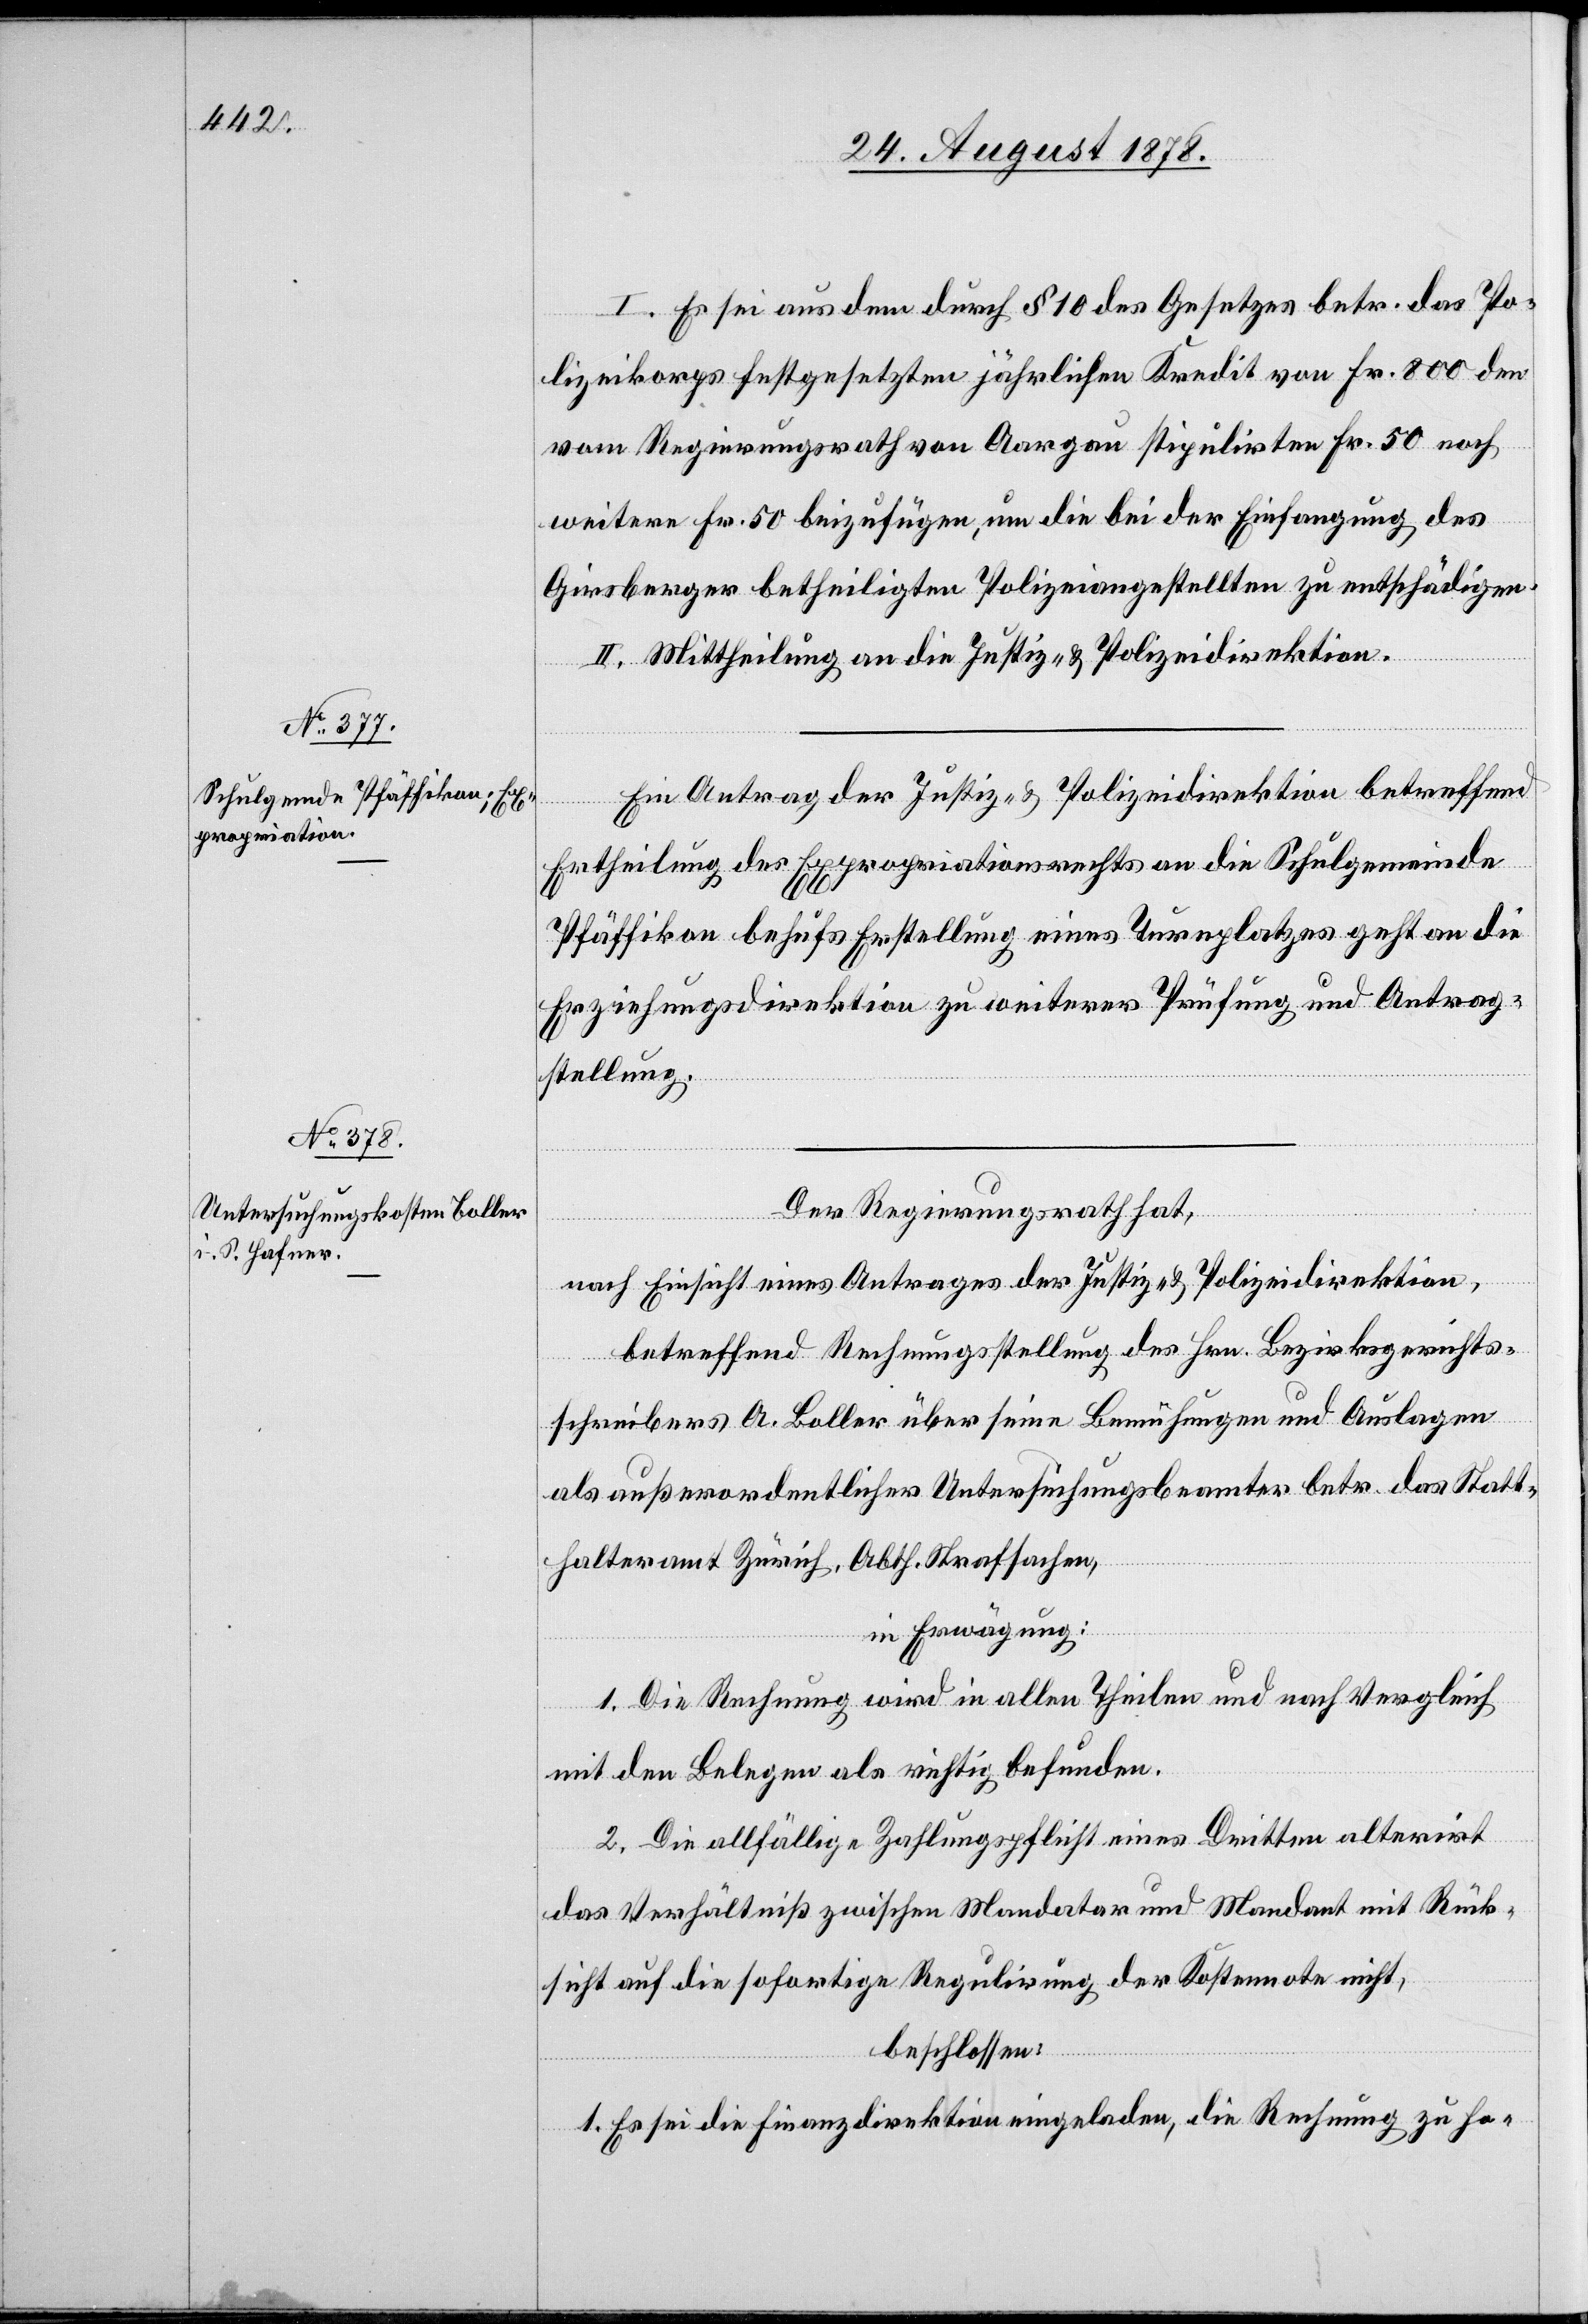
I. Es sei aus dem durch § 10 des Gesetzes betr. das Po¬
lizeikorps festgesetzten jährlichen Kredit von Fr. 800 den
vom Regierungsrath von Aargau stipulirten Fr. 50 noch
weitere Fr. 50 beizufügen, um die bei der Einfangung des
Girsberger betheiligten Polizeiangestellten zu entschädigen.
II. Mittheilung an die Justiz- & Polizeidirektion.
Ein Antrag der Justiz- & Polizeidirektion betreffend
Ertheilung des Expropriationsrechts an die Schulgemeinde
Pfäffikon behufs Erstellung eines Turnplatzes geht an die
Erziehungsdirektion zu weiterer Prüfung und Antrag¬
stellung.
Der Regierungsrath hat,
nach Einsicht eines Antrages der Justiz- & Polizeidirektion,
betreffend Rechnungsstellung des Hrn. Bezirksgerichts¬
schreibers A. Boller über seine Bemühungen und Auslagen
als außerordentlicher Untersuchungsbeamten betr. das Statt¬
halteramt Zürich, Abth. Strafsachen,
in Erwägung:
1. Die Rechnung wird in allen Theilen und nach Vergleich
mit den Belegen als richtig befunden.
2. Die allfällige Zahlungspflicht eines Dritten alterirt
das Verhältniß zwischen Mandatar und Mandant mit Rück¬
sicht auf die sofortige Regulirung der Kostennote nicht,
beschlossen:
1. Es sei die Finanzdirektion eingeladen, die Rechnung zu ho-